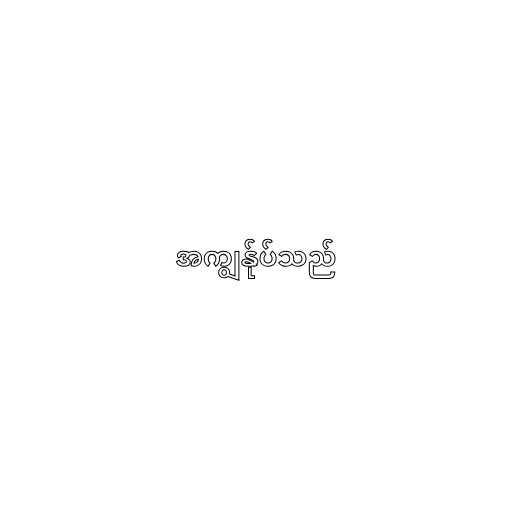
အကျွန်ုပ်သည်